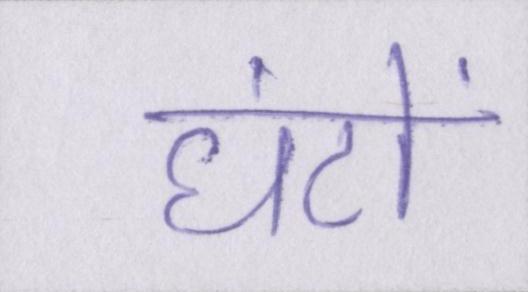
घंटों